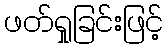
ဖတ်ရှုခြင်းဖြင့်